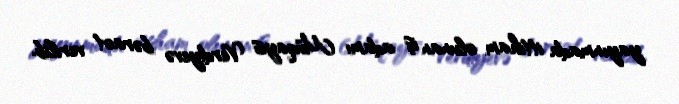
yayınmada ittiham olunan iş adamı Müqayis Verdiyevə bəraət verilib.